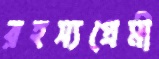
রহস্যপ্রেমী